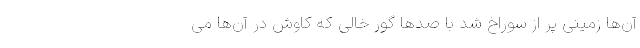
آن‌ها زمینی پر از سوراخ شد با صدها گور خالی که کاوش در آن‌‌ها می‌